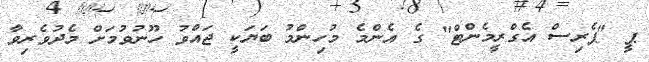
ޕީ "ޕެރިސް އެގްރީމެންޓް" ގެ އެންމެ މުހިންމު ބަޔަކީ ޖައްވު ހޫނުވުމަށް މެދުވެރިވާ